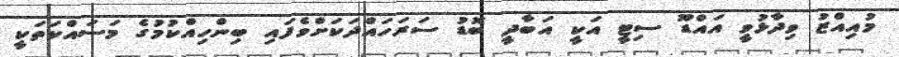
މުއިއްޒު ވިދާޅުވީ އައްޑޫ ސިޓީ އަކީ އަބާދީ ބޮޑު ސަރަހައްދަކަށްވެފައި ބިންހިއްކުމުގެ މަސައްކަތަކީ